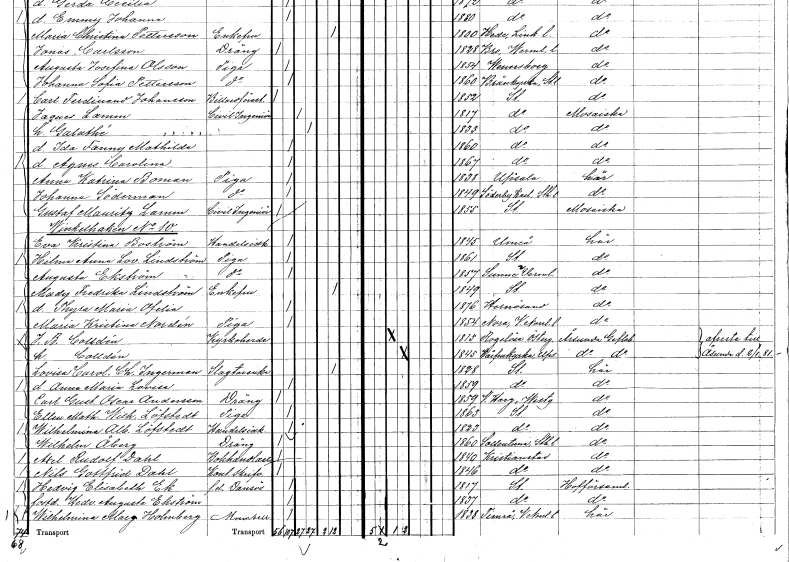
gt_parse: households: individuals: FN: Johanna
EN: Söderman
YRKE: Piga
KON: K
CIV: O
FODAR: 1849
FODFORS: Söderby-Karl Stockholms län
FN: Gustaf Mauritz
EN: Lamm
YRKE: Civilingenjör
KON: M
CIV: O
FODAR: 1855
FODFORS: Stockholm
FN: Eva Kristina
EN: Boström
YRKE: Handelsidkare
KON: K
CIV: O
FODAR: 1845
FODFORS: Umeå Västerbottens län
FN: Hilma Anna Lovisa
EN: Lindström
YRKE: Piga
KON: K
CIV: O
FODAR: 1861
FODFORS: Stockholm
FN: Augusta
EN: Ekström
YRKE: Piga
KON: K
CIV: O
FODAR: 1857
FODFORS: Sunne Värmlands län
FN: Mady Fredrika
EN: Lindström
KON: K
CIV: E
FODAR: 1849
FODFORS: Stockholm
FN: Thyra Maria Ofelia
KON: K
CIV: O
FODAR: 1876
FODFORS: Härnösand Västernorrlands län
FN: Maria Kristina
EN: Nordén
YRKE: Piga
KON: K
CIV: O
FODAR: 1854
FODFORS: Nora Västernorrlands län
FN: J. B.
EN: Colldén
YRKE: Kyrkoherde
KON: M
CIV: G
FODAR: 1815
FODFORS: Rogslösa Östergötlands län
EN: Colldén
KON: K
CIV: G
FODAR: 1845
FODFORS: Vårfrukyrka Uppsala län
FN: Lovisa Carolina Charlotta
EN: Ingerman
YRKE: Slaktareänka
KON: K
CIV: E
FODAR: 1828
FODFORS: Stockholm
FN: Anna Maria Lovisa
KON: K
CIV: O
FODAR: 1859
FODFORS: Stockholm
FN: Carl Gustaf Oscar
EN: Andersson
YRKE: Dräng
KON: M
CIV: O
FODAR: 1859
FODFORS: Västra Harg Östergötlands län
FN: Ellen Mathilda Wilhelmina
EN: Löfstedt
YRKE: Piga
KON: K
CIV: O
FODAR: 1863
FODFORS: Stockholm
FN: Wilhelmina Albertina
EN: Löfstedt
YRKE: Handelsidkare
KON: K
CIV: O
FODAR: 1823
FODFORS: Stockholm
FN: Wilhelm
EN: Åberg
YRKE: Dräng
KON: M
CIV: O
FODAR: 1860
FODFORS: Sollentuna Stockholms län
FN: Axel Rudolf
EN: Dahl
YRKE: Bokhandlare
KON: M
CIV: O
FODAR: 1840
FODFORS: Kristianstad Kristianstads län
FN: Nils Gottfrid
EN: Dahl
YRKE: Kontorsskrivare
KON: M
CIV: O
FODAR: 1846
FODFORS: Kristianstad Kristianstads län
FN: Hedvig Elisabeth
EN: Ek
YRKE: Dansös f.d.
KON: K
CIV: O
FODAR: 1817
FODFORS: Stockholm
FN: Hedvig Augusta
EN: Ekström
KON: K
CIV: O
FODAR: 1837
FODFORS: Stockholm
FN: Wilhelmina Margareta
EN: Holmberg
KON: K
CIV: O
FODAR: 1838
FODFORS: Timrå Västernorrlands län